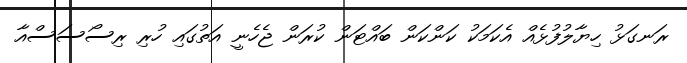
ރަނގަޅު ހިޔާލުފުޅެއް އެކަމަކު ކަންކަން ބައްޓަން ކުރަން ޖެހެނީ އަތުގައި ހުރި ރިސޯސަސްއާ